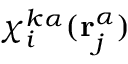
\chi _ { i } ^ { k \alpha } ( \mathbf { r } _ { j } ^ { \alpha } )